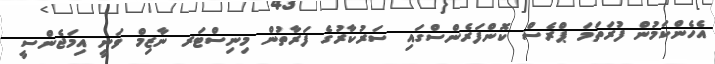
އެހެންކަމުން ފުރަތަމަ ޕްރެސް ކޮންފަރެންސްގައި ސަރުކާރުގެ ފަރާތުން މިނިސްޓަރ ނާޒިމް ވަނީ އިމަޖެންސީ